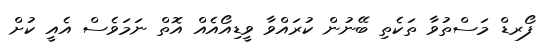
ފޯރޑް މަސްތުވާ ތަކެތި ބޭނުން ކުރައްވާ ވީޑިއޯއެއް އޮތް ނަމަވެސް އެއީ ކުށް